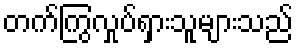
တက်ကြွလှုပ်ရှားသူများသည်